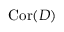
\mathrm { C o r } ( D )